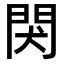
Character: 𬮇